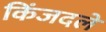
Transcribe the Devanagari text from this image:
किंजदले